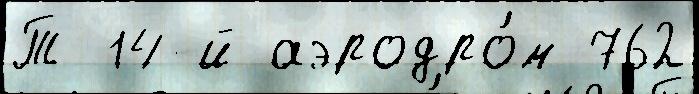
Т 14-й аэродро́м 762